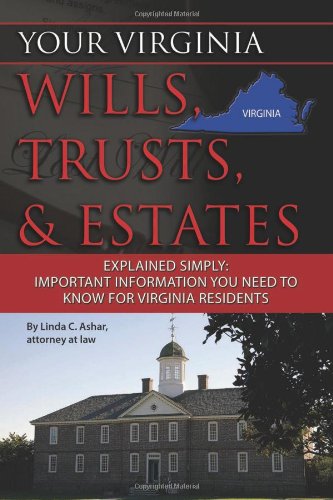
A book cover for Your Virginia Wills, Trusts, & Estates Explained Simply: Important Information You Need to Know for Virginia Residents (Back-To-Basics); Linda C. Ashar  Attorney at Law; Law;